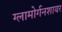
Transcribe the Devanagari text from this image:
ग्लामोर्गनशायर